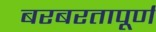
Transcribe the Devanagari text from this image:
बरबरतापूर्ण